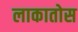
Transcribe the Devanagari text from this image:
लाकातोस